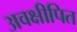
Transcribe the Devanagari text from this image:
अवक्षीपित